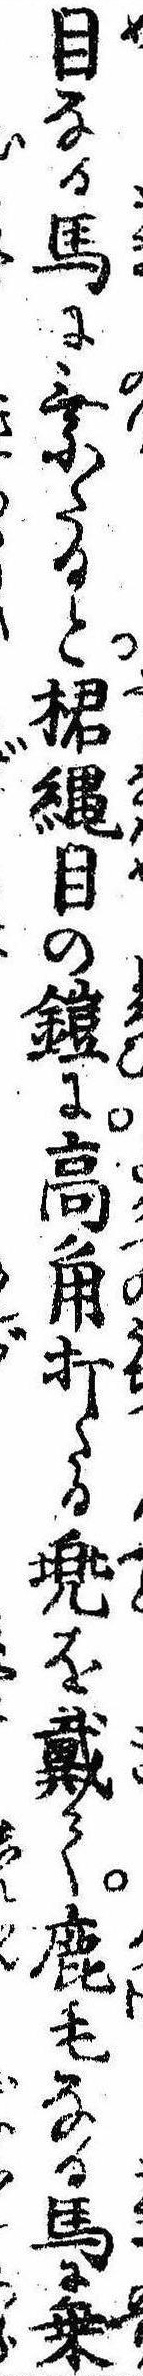
目なる馬に乗たると桾縄目の鎧に高角打たる兜を戴て鹿毛なる馬に乗